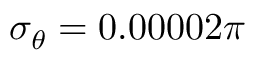
\sigma _ { \theta } = 0 . 0 0 0 0 2 \pi